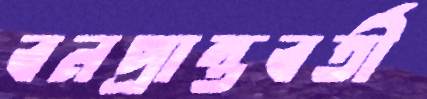
বনপ্রান্তবর্তী